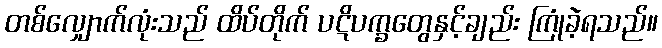
တစ်လျှောက်လုံးသည် ထိပ်တိုက် ပဋိပက္ခတွေနှင့်ချည်း ကြုံခဲ့ရသည်။